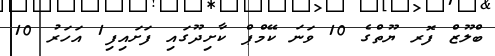
ބްލޫޒް ފޮރ ޔޫތްގެ 10 ވަނަ ކޭމްޕް ކާށިދޫގައި ފަށައިފި1 އަހަރު 10